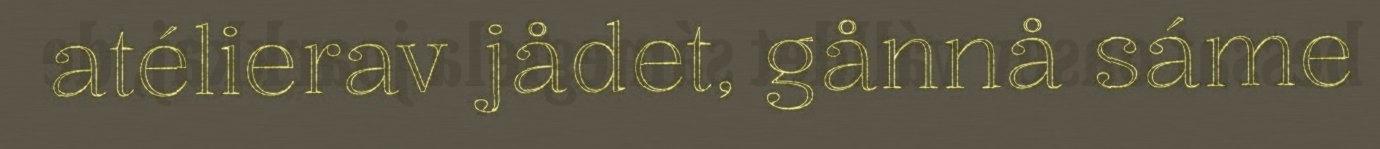
atélierav jådet, gånnå sáme